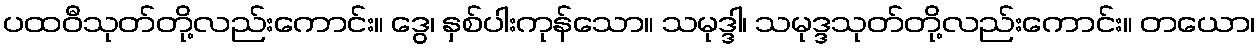
ပထဝီသုတ်တို့လည်းကောင်း။ ဒွေ၊ နှစ်ပါးကုန်သော။ သမုဒ္ဒါ၊ သမုဒ္ဒသုတ်တို့လည်းကောင်း။ တယော၊